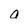
Character: a